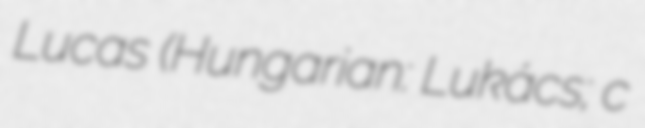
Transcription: Lucas (Hungarian: Lukács; c